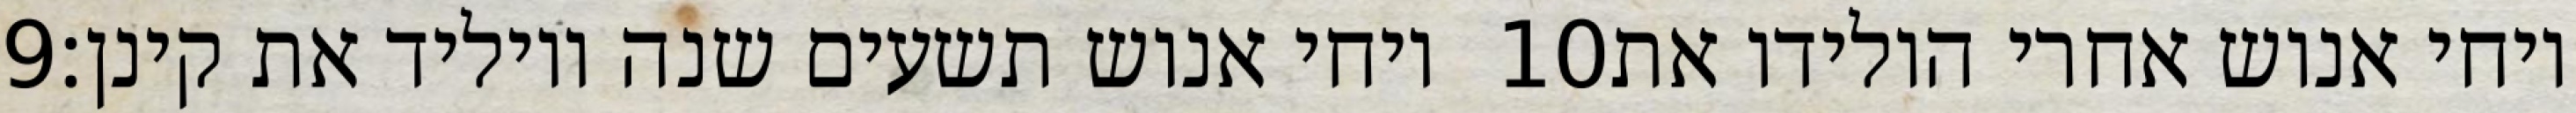
‎9‏ ויחי אנוש תשעים שנה ויוליד את קינן׃ ‎10‏ ויחי אנוש אחרי הולידו את